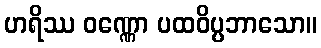
ဟရိဿ ဝဏ္ဏော ပထဝိပ္ပဘာသော။